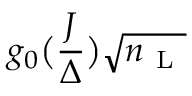
g _ { 0 } \big ( \frac { J } { \Delta } \big ) \sqrt { { n } _ { \mathrm { ~ L ~ } } }